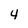
Character: 4